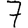
Digit: 7